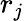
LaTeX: r_{j}